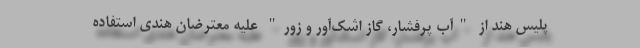
پلیس هند از "آب پرفشار، گاز اشک‌آور و زور" علیه معترضان هندی استفاده